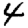
Digit: 4